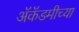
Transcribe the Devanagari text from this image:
अॅकॅडमीच्या